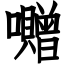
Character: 囎